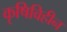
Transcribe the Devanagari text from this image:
कृषिविहीन